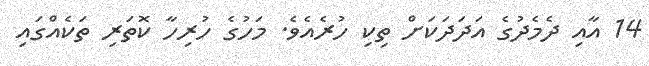
14 އާއި ދެމެދުގެ އަދަދަކަށް ތިކި ހުރެއެވެ. މަހުގެ ހުރިހާ ކޮތަރި ތަކެއްގައި